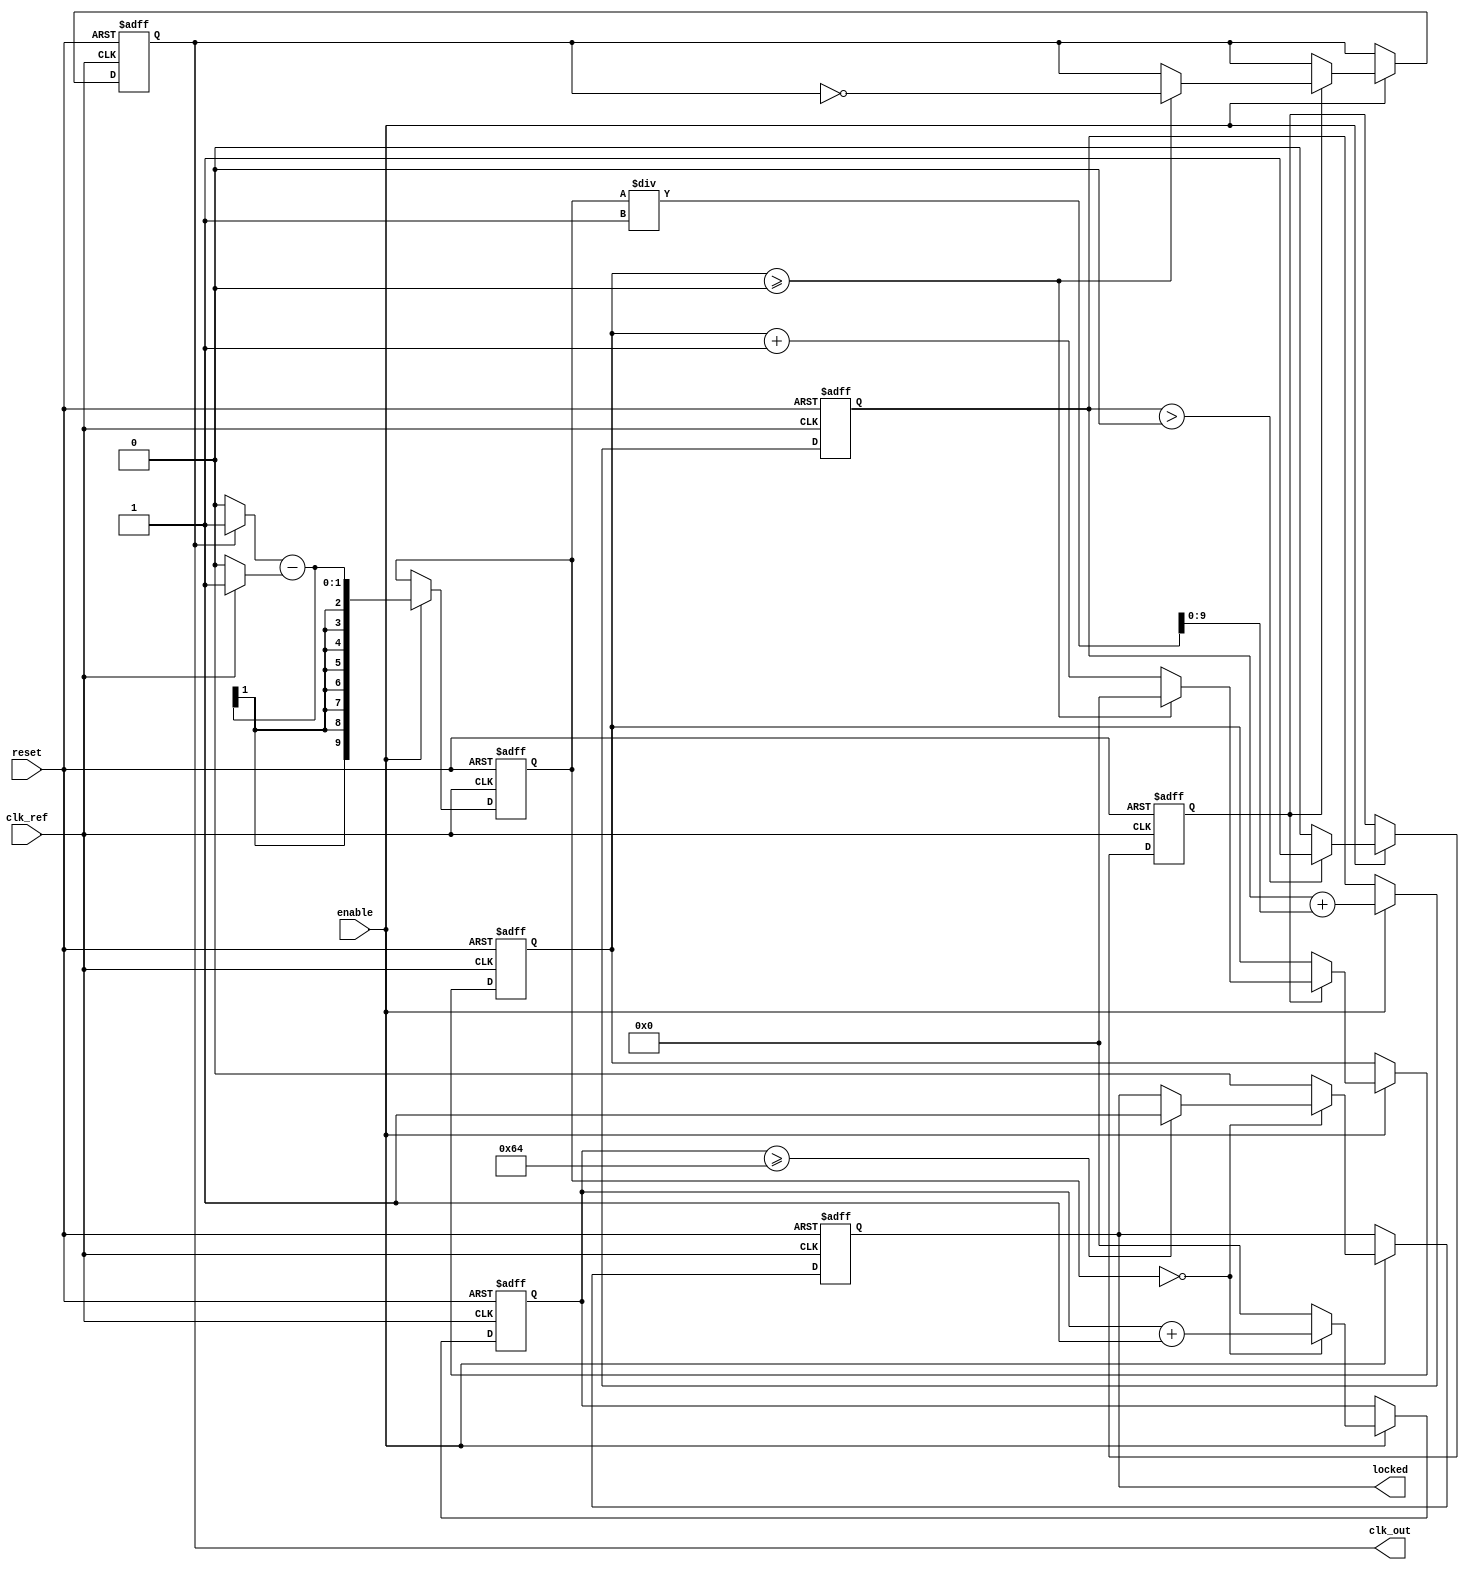
module parameterized_pll #(
    parameter F_ref = 50_000_000, // Reference frequency in Hz
    parameter F_out = 100_000_000, // Desired output frequency in Hz
    parameter PHASE_RESOLUTION = 10, // Phase resolution
    parameter LOCK_TIME = 100, // Lock time in ns
    parameter LOOP_BANDWIDTH = 1 // Loop bandwidth (adjust as needed)
)(
    input wire clk_ref, // Reference clock
    input wire reset, // Asynchronous reset
    input wire enable, // Enable signal
    output reg clk_out, // Output clock
    output reg locked // Lock status
);

    // Internal signals
    reg [PHASE_RESOLUTION-1:0] phase_error; // Phase error from the phase detector
    reg [PHASE_RESOLUTION-1:0] control_voltage; // Control voltage for VCO
    reg [31:0] vco_count; // VCO counter
    reg [31:0] lock_counter; // Counter for lock detection
    reg vco_running; // VCO running state

    // Phase Detector (PD)
    always @(posedge clk_ref or posedge reset) begin
        if (reset) begin
            phase_error <= 0;
        end else if (enable) begin
            // Simple phase detection logic (for demonstration)
            phase_error <= (clk_out ? 1 : 0) - (clk_ref ? 1 : 0);
        end
    end

    // Loop Filter (LF)
    always @(posedge clk_ref or posedge reset) begin
        if (reset) begin
            control_voltage <= 0;
        end else if (enable) begin
            // Simple loop filter logic (for demonstration)
            control_voltage <= control_voltage + phase_error / LOOP_BANDWIDTH;
        end
    end

    // Voltage-Controlled Oscillator (VCO)
    always @(posedge clk_ref or posedge reset) begin
        if (reset) begin
            vco_count <= 0;
            clk_out <= 0;
            vco_running <= 0;
            locked <= 0;
            lock_counter <= 0;
        end else if (enable) begin
            if (vco_running) begin
                vco_count <= vco_count + 1;
                if (vco_count >= (F_ref / F_out)) begin
                    clk_out <= ~clk_out;
                    vco_count <= 0;
                end
            end
            
            // Lock detection logic
            if (phase_error == 0) begin
                lock_counter <= lock_counter + 1;
                if (lock_counter >= LOCK_TIME) begin
                    locked <= 1; // PLL is locked
                end
            end else begin
                lock_counter <= 0; // Reset lock counter
                locked <= 0; // Not locked
            end
            
            // Control VCO running state based on control voltage
            if (control_voltage > 0) begin
                vco_running <= 1; // Enable VCO
            end else begin
                vco_running <= 0; // Disable VCO
            end
        end
    end

endmodule